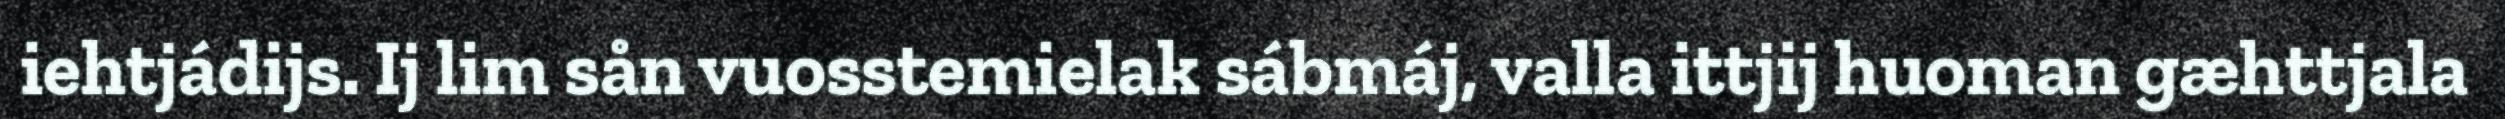
iehtjádijs. Ij lim sån vuosstemielak sábmáj, valla ittjij huoman gæhttjala